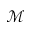
\mathcal { M }